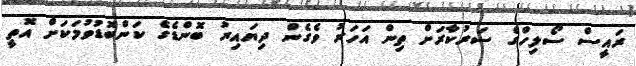
ރައީސް ސޯލިހްގެ ސަރުކާރަށް ތިން އަހަރު ވެގެން ދިޔައިރު ބޮންޑެގެ ކަންބޮޑުވުމަކަށް އޮތީ